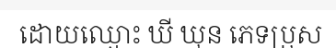
ដោយឈ្មោះ ឃី ឃុន ភេទប្រុស